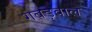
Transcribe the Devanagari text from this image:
गबड़वाल